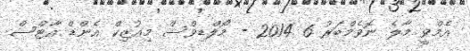
އެމްވީ މާލެ ނޮވެމްބަރު 6 2014 - މޯލްޑިވްސް މިއުޒިކް އެންޑް އާޓްސް